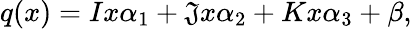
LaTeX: q(x)=Ix\alpha_{1}+\mathfrak{J}x\alpha_{2}+Kx\alpha_{3}+\beta,